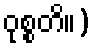
ဝုစ္စတိ။)